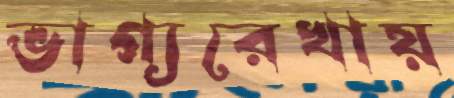
ভাগ্যরেখায়